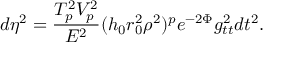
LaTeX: d \eta ^ { 2 } = { \frac { T _ { p } ^ { 2 } V _ { p } ^ { 2 } } { E ^ { 2 } } } ( h _ { 0 } r _ { 0 } ^ { 2 } \rho ^ { 2 } ) ^ { p } e ^ { - 2 \Phi } g _ { t t } ^ { 2 } d t ^ { 2 } .